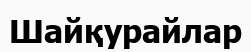
Шайқурайлар